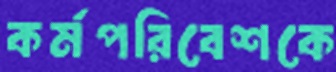
কর্মপরিবেশকে